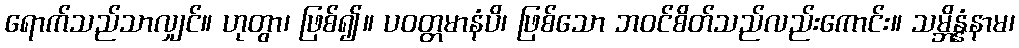
ရောက်သည်သာလျှင်။ ဟုတွာ၊ ဖြစ်၍။ ပဝတ္တမာနံပိ၊ ဖြစ်သော ဘဝင်စိတ်သည်လည်းကောင်း။ သမ္ဘိန္နံနာမ၊